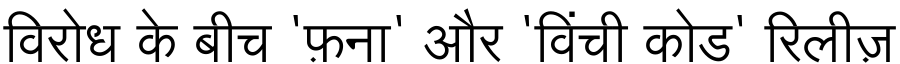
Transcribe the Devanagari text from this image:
विरोध के बीच 'फ़ना' और 'विंची कोड' रिलीज़